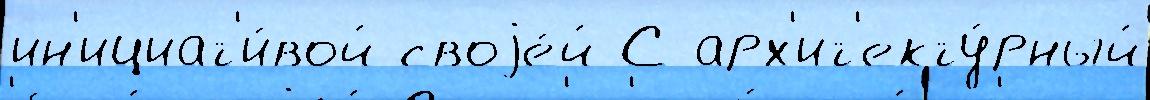
ин'ициат'и́вой своjе́й С арх'ит'екту́рный